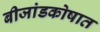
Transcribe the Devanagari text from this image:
बीजांडकोषात